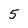
Character: 5